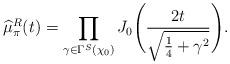
LaTeX: \begin{align*} \widehat{\mu}_\pi^R(t) = \prod_{\gamma \in \Gamma^S(\chi_0)} J_0 \Bigg( \frac{ 2 t }{ \sqrt{\frac{1}{4}+\gamma^2}} \Bigg). \end{align*}